Report on the bubonic plague in Bombay, 1896-1897
Year: 1896
Disease focus: Plague
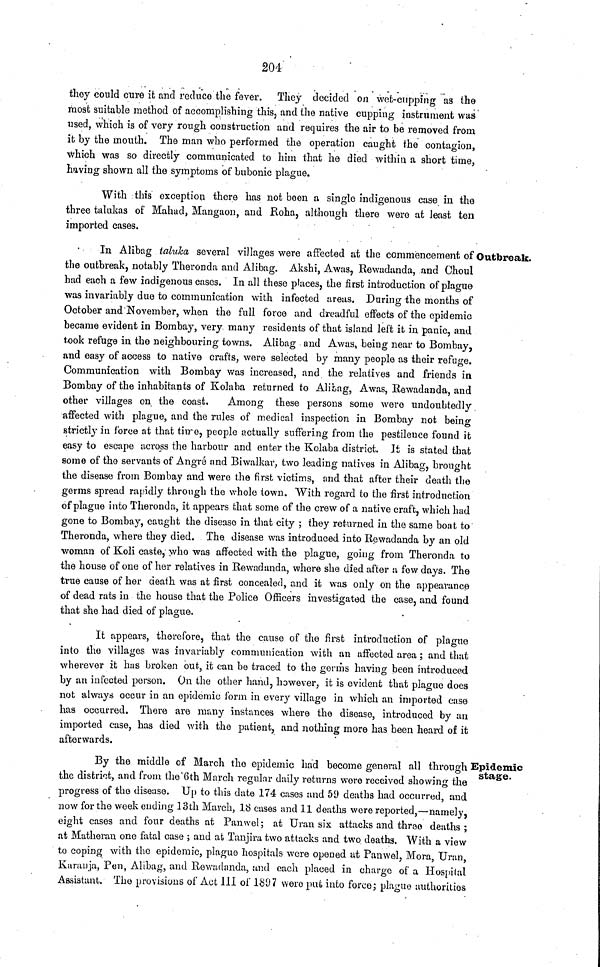
204
they conld cure it and reduce the fever. They decided on wet-cupping as the
most suitable method of accomplishing this, and the native cupping instrument was
used, which is of very rough construction and requires the air to be removed from
it by the mouth. The man who performed the operation caught the contagion,
which was so directly communicated to him that he died within a short time,
having shown all the symptoms of bubonic plague.
With this exception there has not been a single indigenous case in the
three talukas of Mahad, Mangaon, and Roha, although there were at least ten
imported cases.
Outbreak.
In Alibag taluka several villages were affected at the commencement of
the outbreak, notably Theronda and Alibag. Akshi, Awas, Rewadanda, and Choul
had each a few indigenous cases. In all these places, the first introduction of plague
was invariably due to communication with infected areas. During the months of
October and November, when the full force and dreadful effects of the epidemic
became evident in Bombay, very many residents of that island left it in panic, and
took refuge in the neighbouring towns. Alibag and Awas, being near to Bombay,
and easy of access to native crafts, were selected by many people as their refuge.
Communication with Bombay was increased, and the relatives and friends in
Bombay of the inhabitants of Kolaba returned to Alibag, Awas, Rewadanda, and
other villages on the coast.
Among these persons some were undoubtedly
affected with plague, and the rules of medical inspection in Bombay not being
strictly in force at that time, people actually suffering from the pestilence found it
easy to escape across the harbour and enter the Kolaba district. It is stated that
some of the servants of Angré and Biwalkar, two leading natives in Alibag, brought
the disease from Bombay and were the first victims, and that after their death the
germs spread rapidly through the whole town. With regard to the first introduction
of plague into Theronda, it appears that some of the crew of a native craft, which had
gone to Bombay, caught the disease in that city ; they returned in the same boat to
Theronda, where they died. The disease was introduced into Rewadanda by an old
woman of Koli caste, who was affected with the plague, going from Theronda to
the house of one of her relatives in Rewadanda, where she died after a few days. The
true cause of her death was at first concealed, and it was only on the appearance
of dead rats in the house that the Police Officers investigated the case, and found
that she had died of plague.
It appears, therefore, that the cause of the first introduction of plague
into the villages was invariably communication with an affected area ; and that
wherever it has broken but, it can be traced to the germs having been introduced
by an infected person. On the other hand, however, it is evident that plague does
not always occur in an epidemic form in every village in which an imported case
has occurred. There are many instances where the disease, introduced by an
imported case, has died with the patient, and nothing more has been heard of it
afterwards.
Epidemic
stage.
By the middle of March the epidemic had become general all through
the district, and from the 6th March regular daily returns were received showing the
progress of the disease. Up to this date 174 cases and 59 deaths had occurred, and
now for the week ending 13th March, 18 cases and 11 deaths were reported,—namely,
eight cases and four deaths at Panwel ; at Uran six attacks and three deaths ;
at Matheran one fatal case ; and at Tanjira two attacks and two deaths. With a view
to coping with the epidemic, plague hospitals were opened at Panwel, Mora, Uran,
Karanja, Pen, Alibag, and Rewadanda, and each placed in charge of a Hospital
Assistant. The provisions of Act 111 of 1897 were put into force; plague authorities